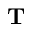
\mathbf { T }